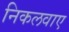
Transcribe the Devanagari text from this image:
निकलवाए